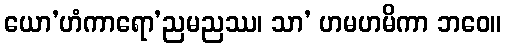
ယော’ဟံကာရော’ညမညဿ၊ သာ’ ဟမဟမိကာ ဘဝေ။